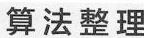
算法整理